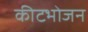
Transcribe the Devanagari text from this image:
कीटभोजन